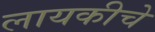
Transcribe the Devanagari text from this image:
लायकीचे